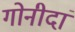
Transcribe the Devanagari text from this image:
गोनीदां